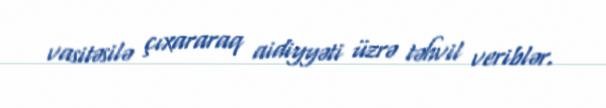
vasitəsilə çıxararaq aidiyyəti üzrə təhvil veriblər.